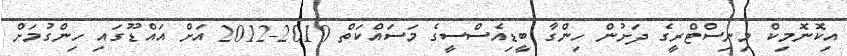
އިކޮނޮމިކް މިނިސްޓްރީގެ ދަށުން ހިންގާ ބީޑިއެސްސީގެ މަސައްކަތް 2010-2012 އަށް އައްޑޫގައި ހިންގުމަށް